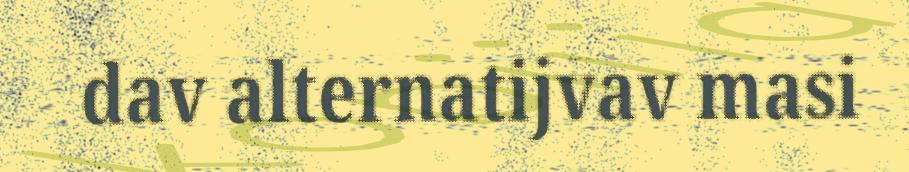
dav alternatijvav masi